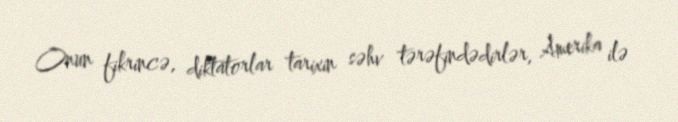
Onun fikrincə, diktatorlar tarixin səhv tərəfindədirlər, Amerika ilə